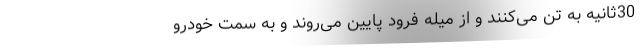
30ثانیه به تن می‌کنند و از میله فرود پایین می‌روند و به سمت خودرو